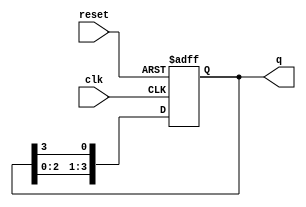
module ring_counter (
    input wire clk,          // Clock input
    input wire reset,        // Asynchronous reset input
    output reg [N-1:0] q     // Output representing the current state of the counter
);
    parameter N = 4;         // Number of flip-flops (states), can be modified as needed

    // Initial state
    initial begin
        q = 1'b1;            // Initialize the counter to 100...0 (only one '1')
    end

    always @(posedge clk or posedge reset) begin
        if (reset) begin
            q <= 1'b1;       // Reset to initial state (100...0)
        end else begin
            // Shift the '1' bit to the right, wrapping around
            q <= {q[N-2:0], q[N-1]};
        end
    end

endmodule